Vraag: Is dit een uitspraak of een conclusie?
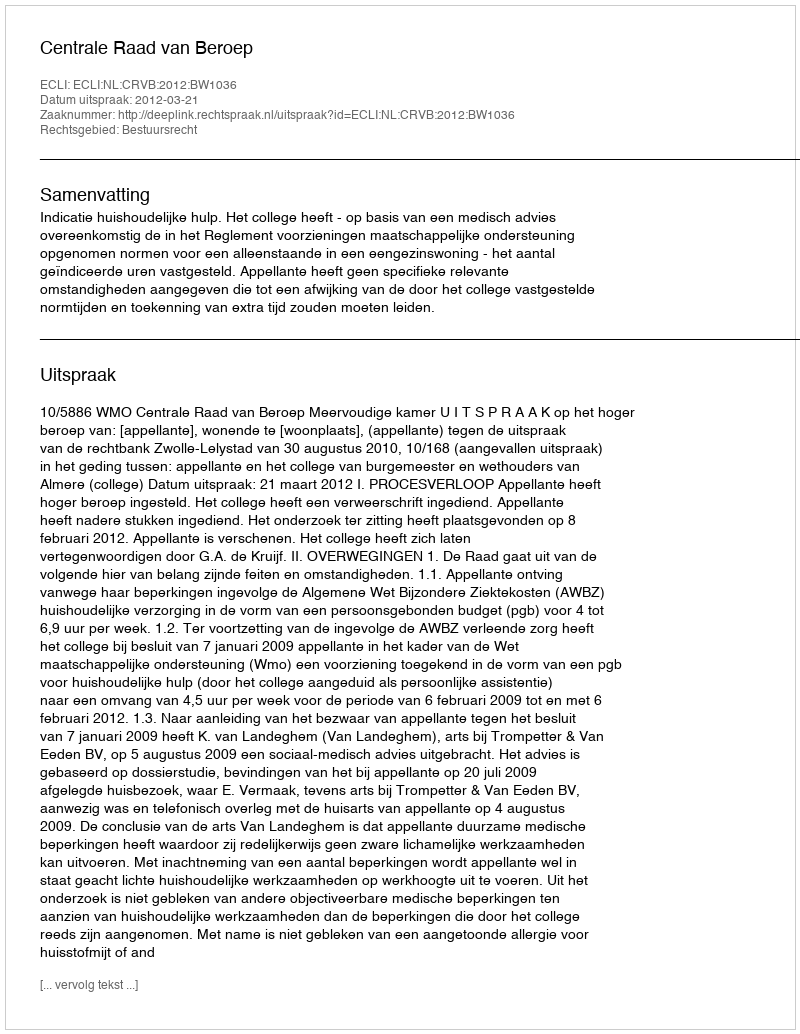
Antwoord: Uitspraak